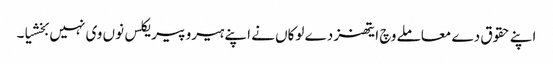
اپنے حقوق دے معاملے وچ ایتھنز دے لوکاں نے اپنے ہیرو پیریکلس نوں وی نہیں بخشیا۔